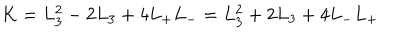
K = L _ { 3 } ^ { 2 } - 2 L _ { 3 } + 4 L _ { + } L _ { - } = L _ { 3 } ^ { 2 } + 2 L _ { 3 } + 4 L _ { - } L _ { + }